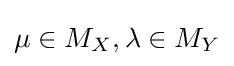
\mu \in M_{X},\lambda \in M_{Y}